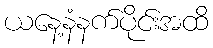
ယနေ့နံနက်ပိုင်းအထိ